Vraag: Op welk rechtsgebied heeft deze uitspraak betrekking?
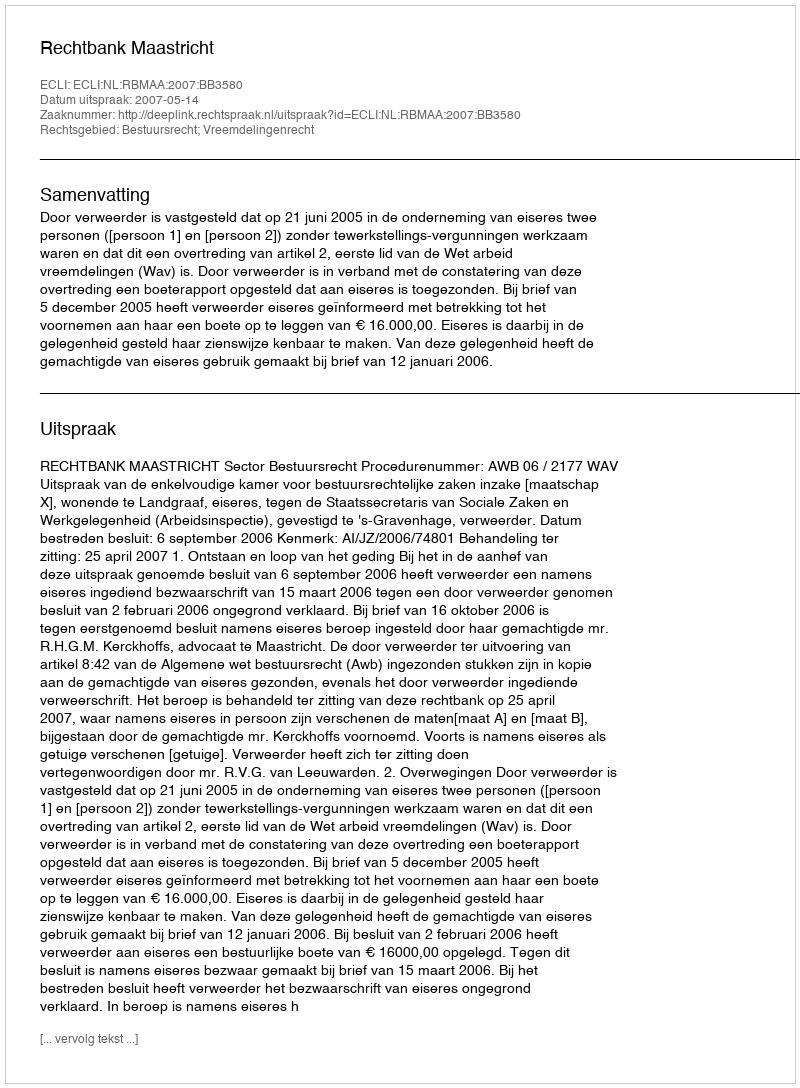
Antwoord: Bestuursrecht; Vreemdelingenrecht